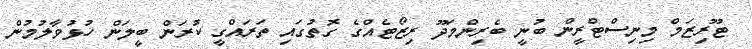
ޓޫރިޒަމް މިނިސްޓްރީން ބުނީ ބެރިންމަދޫ ރިޒޯޓެއްގެ ގޮތުގައި ތަރައްގީ ކުރަން ބީލަން ހުޅުވާލުމުން